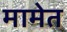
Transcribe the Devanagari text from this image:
मामेत